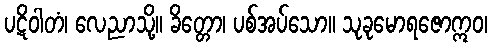
ပဋိဝါတံ၊ လေညာသို့။ ခိတ္တော၊ ပစ်အပ်သော။ သုခုမောရဇောဣဝ၊